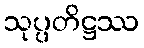
သုပ္ပတိဋ္ဌဿ